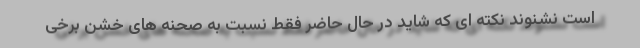
است نشنوند نکته ای که شاید در حال حاضر فقط نسبت به صحنه های خشن برخی